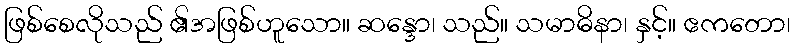
ဖြစ်စေလိုသည် ၏အဖြစ်ဟူသော။ ဆန္ဒော၊ သည်။ သမာဓိနာ၊ နှင့်။ ဧကတော၊